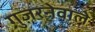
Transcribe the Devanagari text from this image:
गुज़रनेवाले